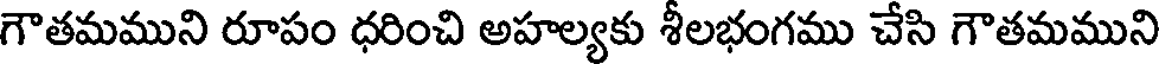
గౌతమముని రూపం ధరించి అహల్యకు శీలభంగము చేసి గౌతమముని